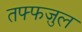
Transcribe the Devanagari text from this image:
तफ्फज़ुल